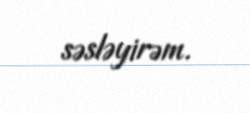
səsləyirəm.